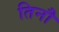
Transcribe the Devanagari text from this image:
तिनौ